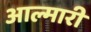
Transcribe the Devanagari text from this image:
आल्मारी